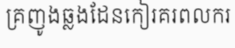
គ្រញូងឆ្លងដែនកៀរគរពលករ